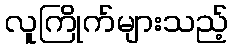
လူကြိုက်များသည့်